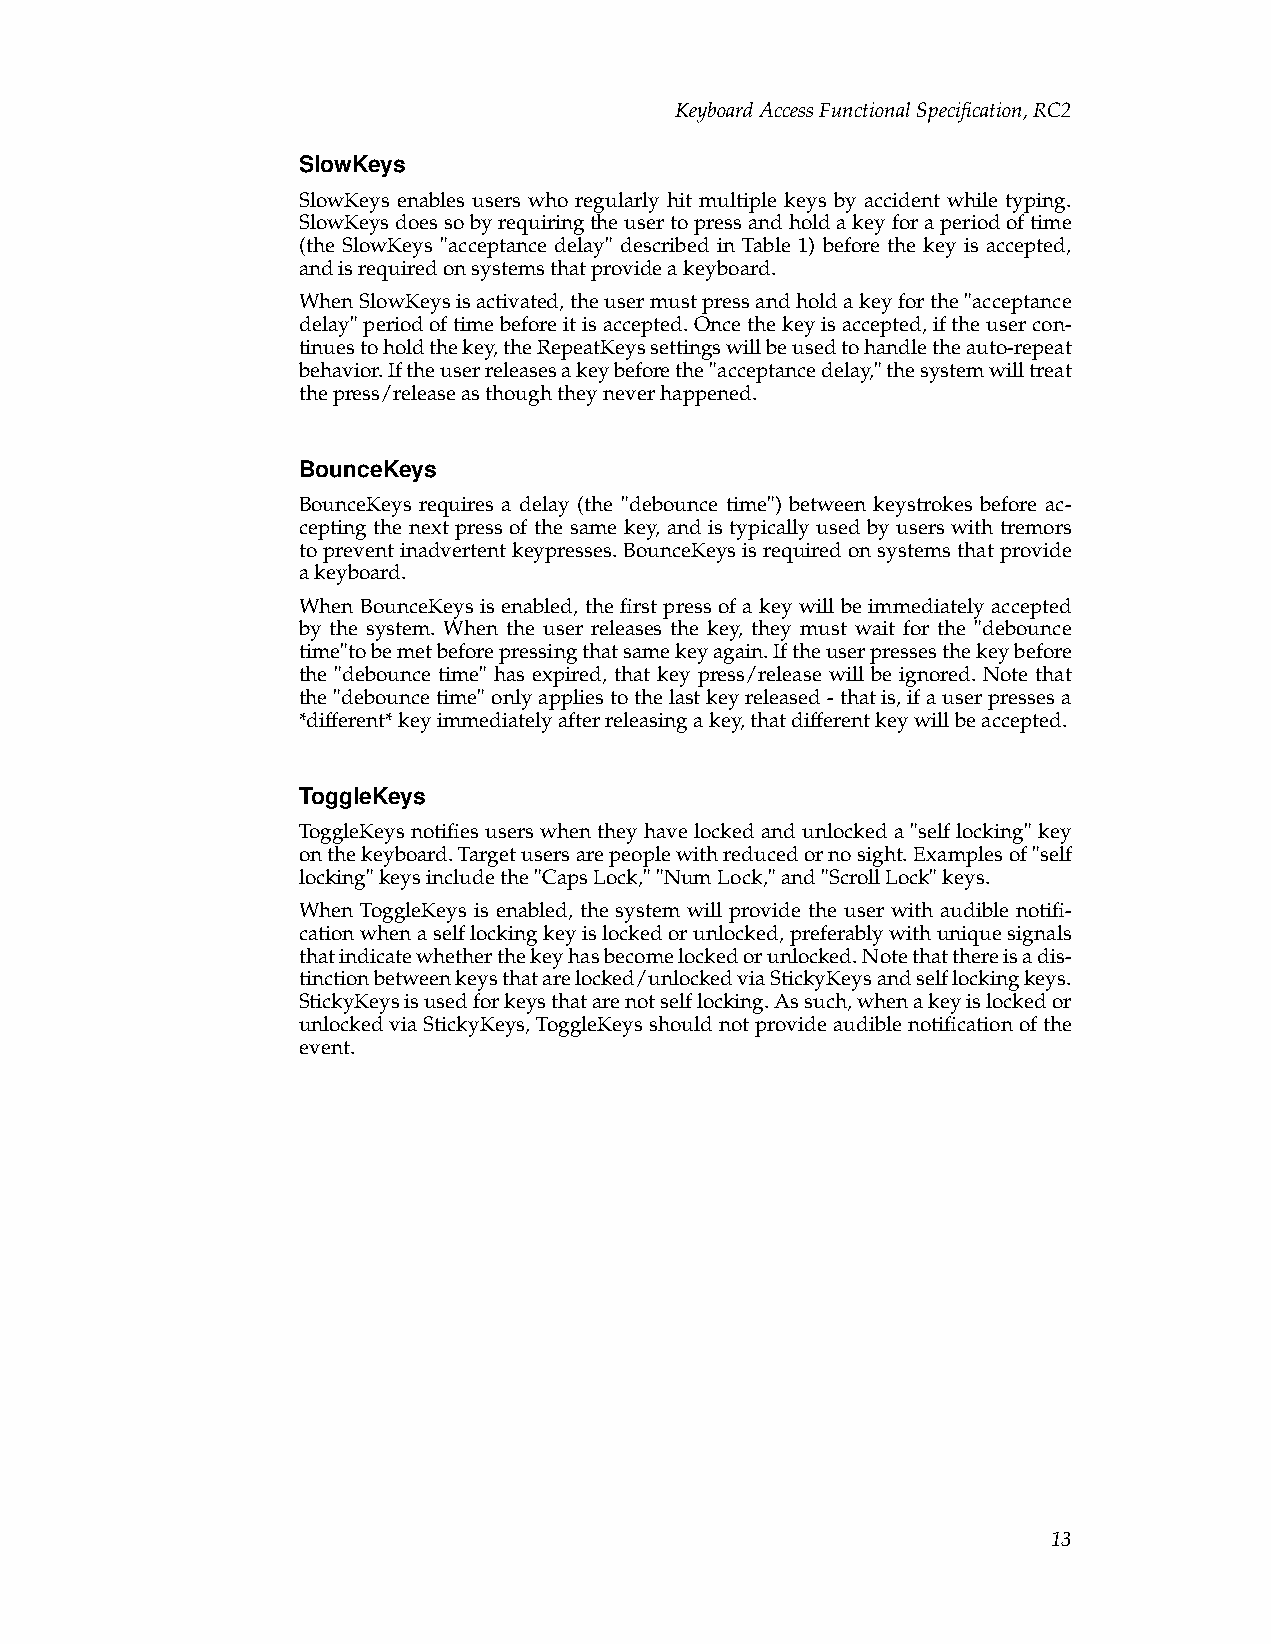
KeyboardAccessFunctionalSpecification,RC2
 SlowKeys
 SlowKeys enables users who regularly hit multiple keys by accident while typing.
 SlowKeysdoessobyrequiringtheusertopressandholdakeyforaperiodoftime
 (the SlowKeys "acceptance delay" described in Table 1) before the key is accepted,
 andisrequiredonsystemsthatprovideakeyboard.
 WhenSlowKeysisactivated,theusermustpressandholdakeyforthe"acceptance
 delay"periodoftimebeforeitisaccepted.Oncethekeyisaccepted,iftheusercon-
 tinuestoholdthekey,theRepeatKeyssettingswillbeusedtohandletheauto-repeat
 behavior.Iftheuserreleasesakeybeforethe"acceptancedelay,"thesystemwilltreat
 thepress/releaseasthoughtheyneverhappened.
 BounceKeys
 BounceKeys requires a delay (the "debounce time") between keystrokes before ac-
 cepting the next press of the same key, and is typically used by users with tremors
 topreventinadvertentkeypresses.BounceKeysisrequiredonsystemsthatprovide
 akeyboard.
 When BounceKeys is enabled, the first press of a key will be immediately accepted
 by the system. When the user releases the key, they must wait for the "debounce
 time"tobemetbeforepressingthatsamekeyagain.Iftheuserpressesthekeybefore
 the "debounce time" has expired, that key press/release will be ignored. Note that
 the"debouncetime"onlyappliestothelastkeyreleased-thatis,ifauserpressesa
 *different*keyimmediatelyafterreleasingakey,thatdifferentkeywillbeaccepted.
 ToggleKeys
 ToggleKeysnotifiesuserswhentheyhavelockedandunlockeda"selflocking"key
 onthekeyboard.Targetusersarepeoplewithreducedornosight.Examplesof"self
 locking"keysincludethe"CapsLock,""NumLock,"and"ScrollLock"keys.
 When ToggleKeys is enabled, the system will provide the user with audible notifi-
 cationwhenaselflockingkeyislockedorunlocked,preferablywithuniquesignals
 thatindicatewhetherthekeyhasbecomelockedorunlocked.Notethatthereisadis-
 tinctionbetweenkeysthatarelocked/unlockedviaStickyKeysandselflockingkeys.
 StickyKeysisusedforkeysthatarenotselflocking.Assuch,whenakeyislockedor
 unlockedviaStickyKeys,ToggleKeysshouldnotprovideaudiblenotificationofthe
 event.
 13